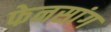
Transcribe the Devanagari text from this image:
फेनसांग